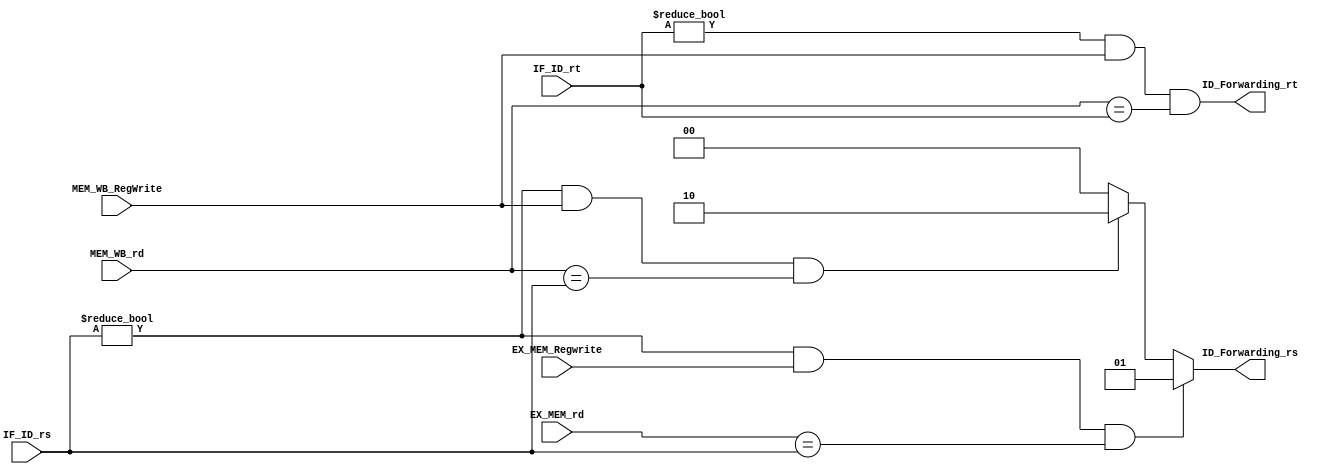
module ID_Forwarding(
        IF_ID_rs,
        IF_ID_rt,
        EX_MEM_Regwrite,
        EX_MEM_rd,
        MEM_WB_RegWrite,
        MEM_WB_rd,
        ID_Forwarding_rs, // IDrs
        ID_Forwarding_rt  // IDrt
    );

    input [4:0] IF_ID_rs, IF_ID_rt, EX_MEM_rd, MEM_WB_rd;
    input EX_MEM_Regwrite;
    input MEM_WB_RegWrite;
    output [1:0] ID_Forwarding_rs; // 10: MEM_WB => ID rs, 01: EX_MEM => ID rs
    output ID_Forwarding_rt; // MEM_WB => ID rt

    assign ID_Forwarding_rs = 
        (IF_ID_rs!=0 && EX_MEM_Regwrite && EX_MEM_rd==IF_ID_rs)?2'b01:
        (IF_ID_rs!=0 && MEM_WB_RegWrite && MEM_WB_rd==IF_ID_rs)?2'b10:2'b00;

    assign ID_Forwarding_rt = (IF_ID_rt!=0 && MEM_WB_RegWrite && MEM_WB_rd==IF_ID_rt);  


endmodule